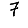
Digit: 7